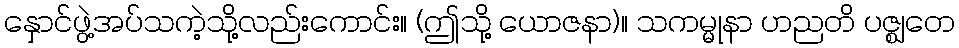
နှောင်ဖွဲ့အပ်သကဲ့သို့လည်းကောင်း။ (ဤသို့ ယောဇနာ)။ သကမ္မုနာ ဟညတိ ပဇ္ဈတေ